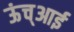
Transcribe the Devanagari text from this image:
ऊंच्आई